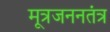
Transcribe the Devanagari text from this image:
मूत्रजननतंत्र